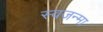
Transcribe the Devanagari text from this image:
स्वजन्मा